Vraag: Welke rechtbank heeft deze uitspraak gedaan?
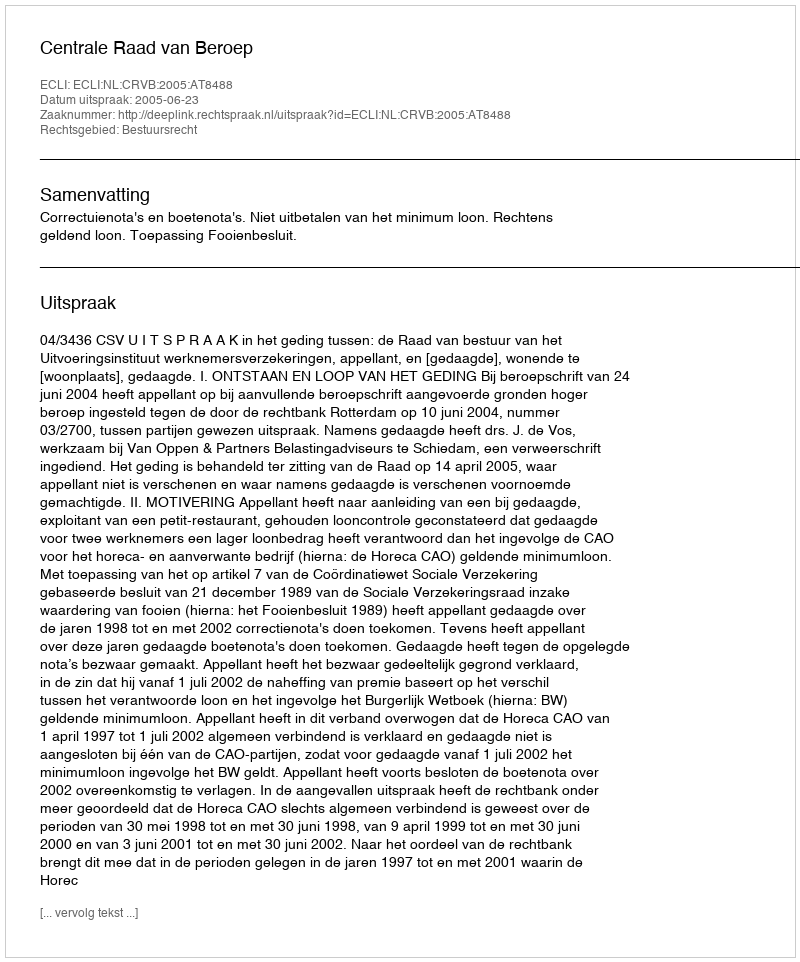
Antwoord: Centrale Raad van Beroep